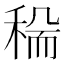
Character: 𥟺